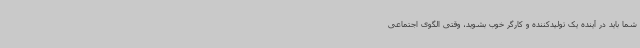
شما باید در آینده یک تولیدکننده و کارگر خوب بشوید، وقتی الگوی اجتماعی